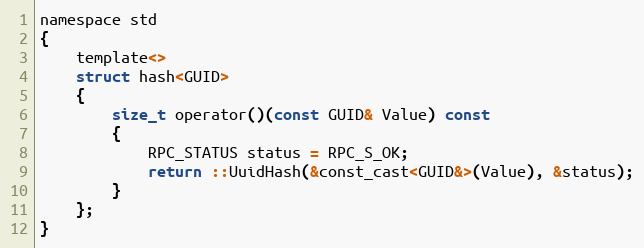
Language: C
namespace std
{
    template<>
    struct hash<GUID>
    {
        size_t operator()(const GUID& Value) const
        {
            RPC_STATUS status = RPC_S_OK;
            return ::UuidHash(&const_cast<GUID&>(Value), &status);
        }
    };
}